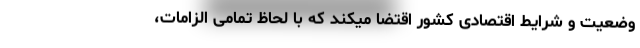
وضعیت و شرایط اقتصادی کشور اقتضا میکند که با لحاظ تمامی الزامات،